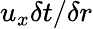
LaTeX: u_{x}\delta t/\delta r